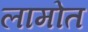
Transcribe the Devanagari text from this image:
लामोत